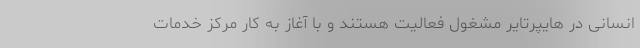
انسانی در هایپرتایر مشغول فعالیت هستند و با آغاز به کار مرکز خدمات